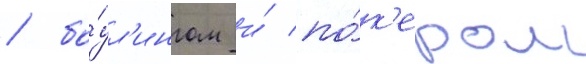
/ бо́ул'ингом и́ по́к'ером